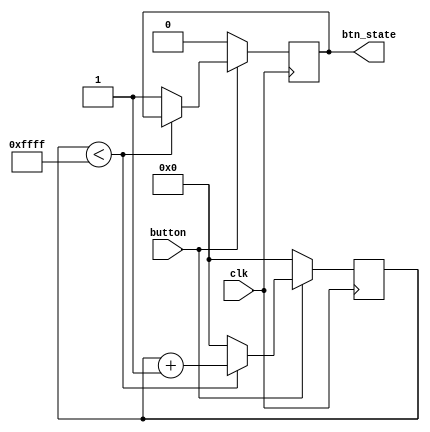
`timescale 1ns / 1ps
//////////////////////////////////////////////////////////////////////////////////
// Company: 
// Engineer: 
// 
// Design Name: 
// Module Name: debouncer
// Project Name: 
// Target Devices: 
// Tool Versions: 
// Description: 
// 
// Dependencies: 
// 
// Revision:
// Revision 0.01 - File Created
// Additional Comments:
// 
//////////////////////////////////////////////////////////////////////////////////


module debouncer(input button, input clk, output btn_state);
reg tempstate = 0;
reg [15:0] counter;
initial begin
counter = 0;
end

always @ (posedge clk) begin
if (button == 0) 
    begin
        counter <=0;
        tempstate <= 0;
    end
    else
    begin
        if (counter < 16'b1111_1111_1111_1111)begin
            counter <= counter + 1;
        end
        else begin
            tempstate <= 1;
            counter <= 0;
        end
    end
end
    
    
assign btn_state = tempstate; 
endmodule